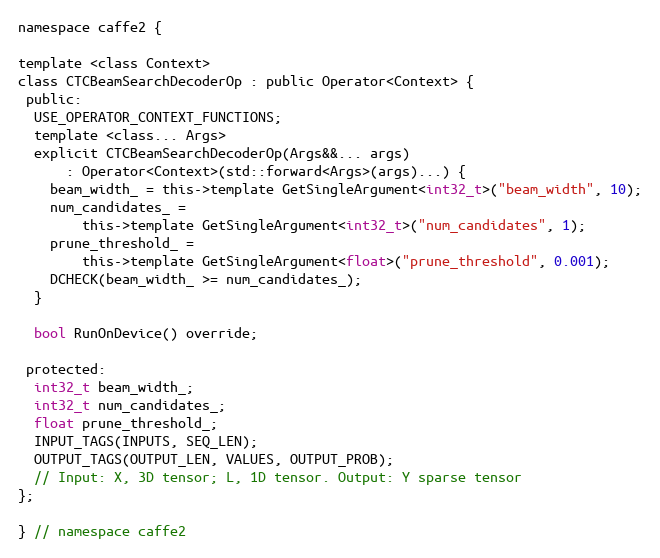
Language: C
namespace caffe2 {

template <class Context>
class CTCBeamSearchDecoderOp : public Operator<Context> {
 public:
  USE_OPERATOR_CONTEXT_FUNCTIONS;
  template <class... Args>
  explicit CTCBeamSearchDecoderOp(Args&&... args)
      : Operator<Context>(std::forward<Args>(args)...) {
    beam_width_ = this->template GetSingleArgument<int32_t>("beam_width", 10);
    num_candidates_ =
        this->template GetSingleArgument<int32_t>("num_candidates", 1);
    prune_threshold_ =
        this->template GetSingleArgument<float>("prune_threshold", 0.001);
    DCHECK(beam_width_ >= num_candidates_);
  }

  bool RunOnDevice() override;

 protected:
  int32_t beam_width_;
  int32_t num_candidates_;
  float prune_threshold_;
  INPUT_TAGS(INPUTS, SEQ_LEN);
  OUTPUT_TAGS(OUTPUT_LEN, VALUES, OUTPUT_PROB);
  // Input: X, 3D tensor; L, 1D tensor. Output: Y sparse tensor
};

} // namespace caffe2